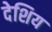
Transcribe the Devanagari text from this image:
देशिय